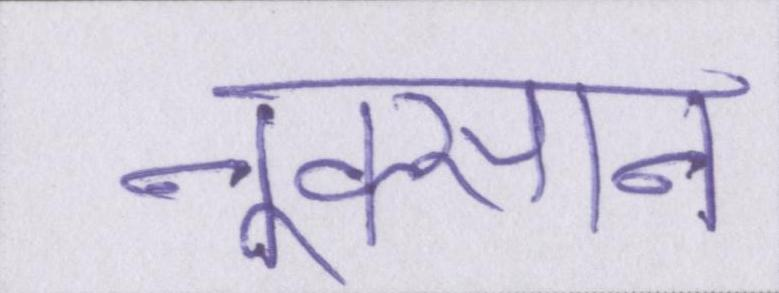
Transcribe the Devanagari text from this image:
नुक्सान